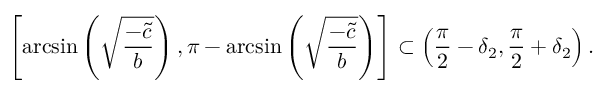
\left[ \arcsin \left( \sqrt { \frac { - \tilde { c } } { b } } \right) , \pi - \arcsin \left( \sqrt { \frac { - \tilde { c } } { b } } \right) \right] \subset \left( \frac { \pi } { 2 } - \delta _ { 2 } , \frac { \pi } { 2 } + \delta _ { 2 } \right) .